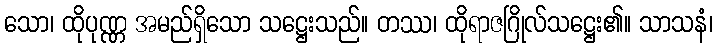
သော၊ ထိုပုဏ္ဏ အမည်ရှိသော သဋ္ဌေးသည်။ တဿ၊ ထိုရာဇဂြိုလ်သဋ္ဌေး၏။ သာသနံ၊